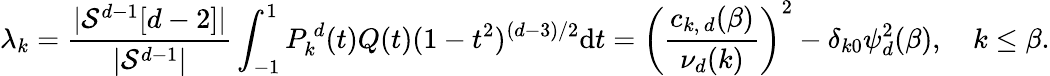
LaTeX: \lambda_{k}=\frac{|\mathcal{S}^{d-1}[d-2]|}{|\mathcal{S}^{d-1}|}\int_{-1}^{1}P_{k}^{\, d}(t)Q(t)(1-t^{2})^{(d-3)/2}\mathrm{d}t=\left(\frac{c_{k,\, d}(\beta)}{\nu_{d}(k)}\right)^{2}-\delta_{k0}\psi_{d}^{2}(\beta),\quad k\leq\beta.